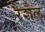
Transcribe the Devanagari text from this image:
रैशैल